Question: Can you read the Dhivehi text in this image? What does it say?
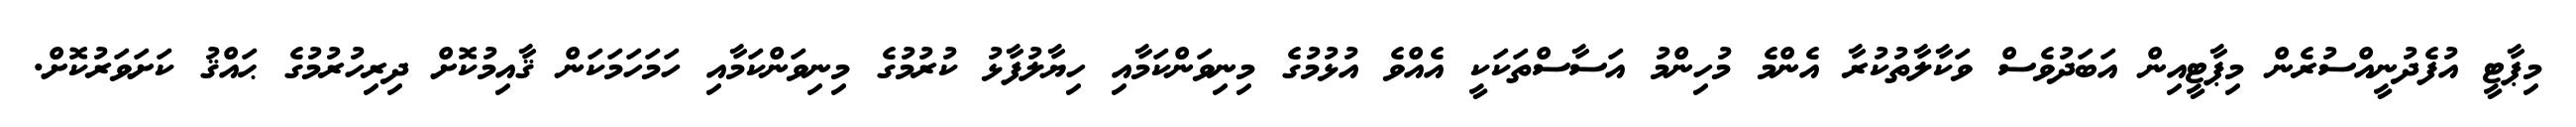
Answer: މިޕާޓީ އުފެދުނީއްސުރެން މިޕާޓީއިން އަބަދުވެސް ވަކާލާތުކުރާ އެންމެ މުހިންމު އަސާސްތަކަކީ އެއްވެ އުޅުމުގެ މިނިވަންކަމާއި ހިޔާލުފާޅު ކުރުމުގެ މިނިވަންކަމާއި ހަމަހަމަކަން ޤާއިމުކޮށް ދިރިހުރުމުގެ ޙައްޤު ކަށަވަރުކޮށް.